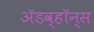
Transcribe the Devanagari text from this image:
ॲडव्हॉन्स